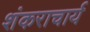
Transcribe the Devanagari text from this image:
शंकराचार्य